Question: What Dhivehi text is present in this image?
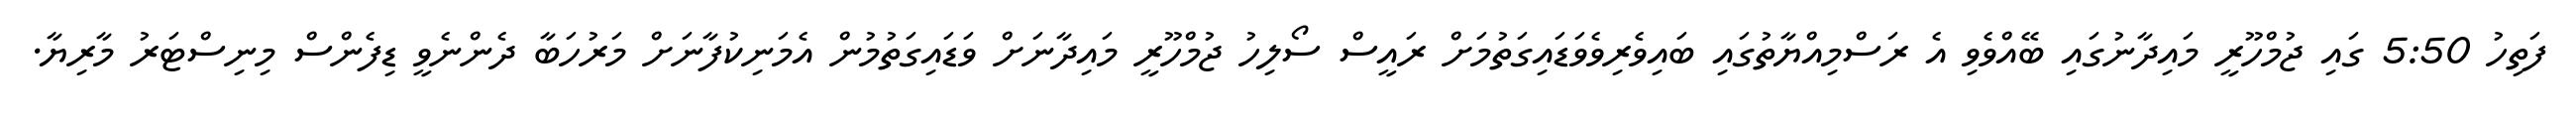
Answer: ފަތިހު 5:50 ގައި ޖުމްހޫރީ މައިދާނުގައި ބޭއްވެވި އެ ރަސްމިއްޔާތުގައި ބައިވެރިވެވަޑައިގަތުމަށް ރައީސް ސޯލިހު ޖުމްހޫރީ މައިދާނަށް ވަޑައިގަތުމުން އެމަނިކުފާނަށް މަރުހަބާ ދެންނެވީ ޑިފެންސް މިނިސްޓަރު މާރިޔާ.